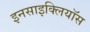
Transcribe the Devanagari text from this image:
इनसाइक्लियॉस